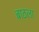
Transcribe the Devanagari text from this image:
बाठला